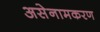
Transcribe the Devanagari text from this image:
असेनामकरण